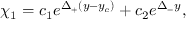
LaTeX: ~ \chi _ { 1 } = c _ { 1 } e ^ { \Delta _ { + } ( y - y _ { c } ) } + c _ { 2 } e ^ { \Delta _ { - } y } ,